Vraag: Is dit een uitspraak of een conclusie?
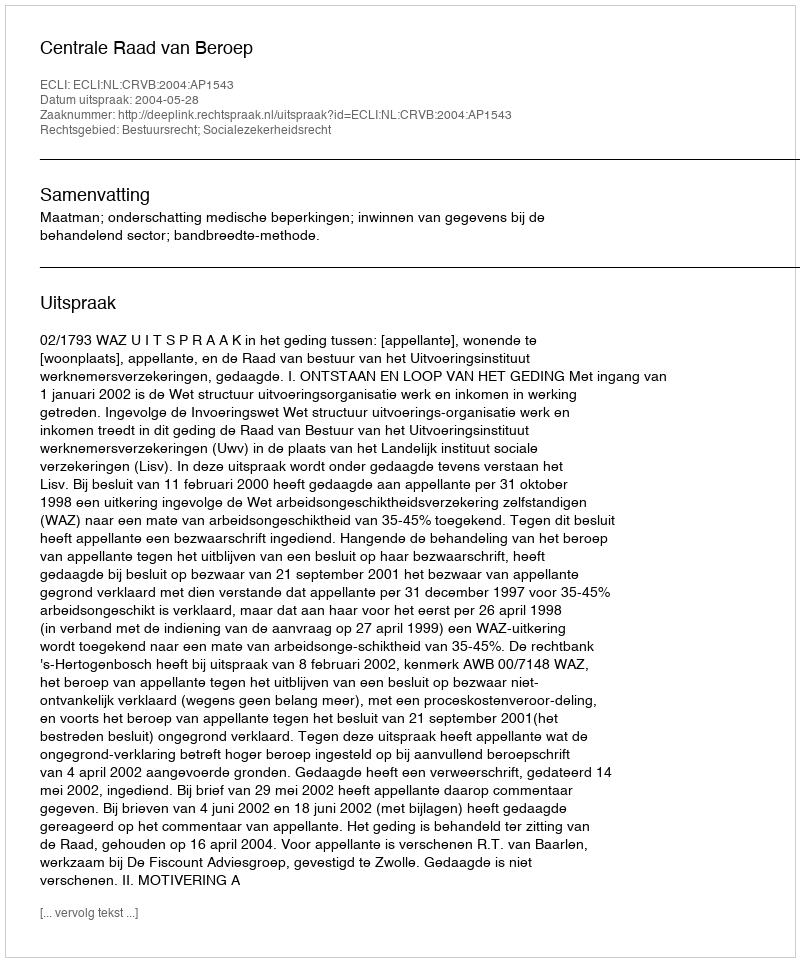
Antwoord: Uitspraak